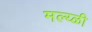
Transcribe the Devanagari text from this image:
मल्य्ळी